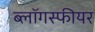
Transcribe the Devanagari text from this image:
ब्लॉगस्फीयर